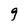
Character: 9